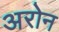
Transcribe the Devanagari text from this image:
अरोन